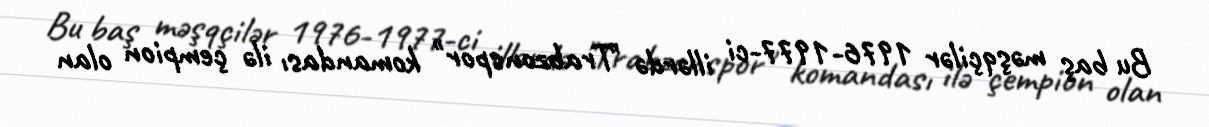
Bu baş məşqçilər 1976-1977-ci illərdə "Trabzonspor" komandası ilə çempion olan